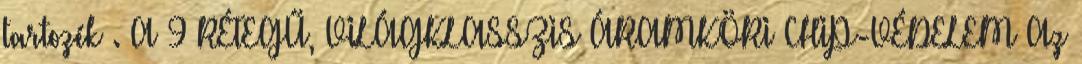
tartozék . A 9 RÉTEGŰ, VILÁGKLASSZIS ÁRAMKÖRI CHIP-VÉDELEM Az